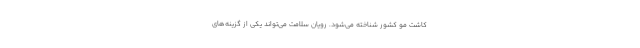
کاشت مو کشور شناخته می‌شود. رویان سلامت می‌تواند یکی از گزینه‌های